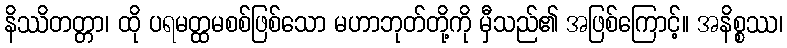
နိဿိတတ္တာ၊ ထို ပရမတ္ထမစစ်ဖြစ်သော မဟာဘုတ်တို့ကို မှီသည်၏ အဖြစ်ကြောင့်။ အနိစ္စဿ၊